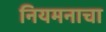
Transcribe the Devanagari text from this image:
नियमनाचा